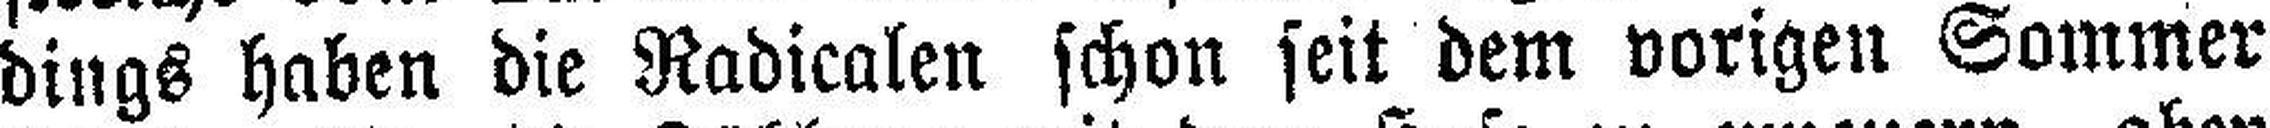
dings haben die Radicalen schon seit dem vorigen Sommer